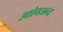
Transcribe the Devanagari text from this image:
उद्योगजन्य